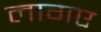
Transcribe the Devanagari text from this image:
लागए